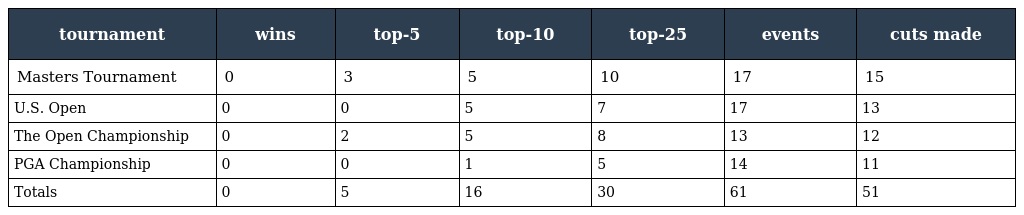
| tournament | wins | top-5 | top-10 | top-25 | events | cuts made |
 | --- | --- | --- | --- | --- | --- | --- |
 | Masters Tournament | 0 | 3 | 5 | 10 | 17 | 15 |
 | U.S. Open | 0 | 0 | 5 | 7 | 17 | 13 |
 | The Open Championship | 0 | 2 | 5 | 8 | 13 | 12 |
 | PGA Championship | 0 | 0 | 1 | 5 | 14 | 11 |
 | Totals | 0 | 5 | 16 | 30 | 61 | 51 |